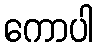
ကောပါ